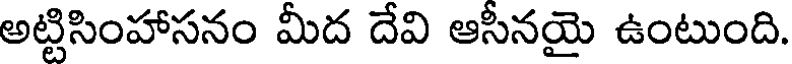
అట్టిసింహాసనం మీద దేవి ఆసీనయై ఉంటుంది.